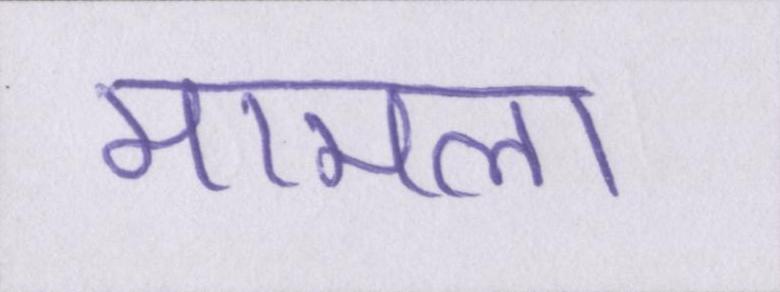
मामला